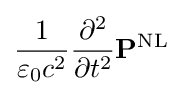
{\frac {1}{\varepsilon _{0}c^{2}}}{\frac {\partial ^{2}}{\partial t^{2}}}\mathbf {P} ^{\text{NL}}